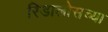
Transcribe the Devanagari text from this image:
रिडालोसच्या